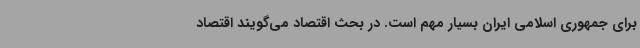
برای جمهوری اسلامی ایران بسیار مهم است. در بحث اقتصاد می‌گویند اقتصاد